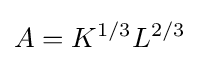
A={{K}^{1/3}}{{L}^{2/3}}